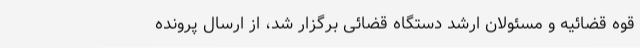
قوه قضائیه و مسئولان ارشد دستگاه قضائی برگزار شد، از ارسال پرونده